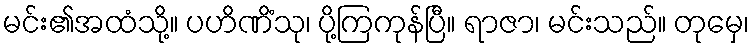
မင်း၏အထံသို့။ ပဟိဏိံသု၊ ပို့ကြကုန်ပြီ။ ရာဇာ၊ မင်းသည်။ တုမှေ၊